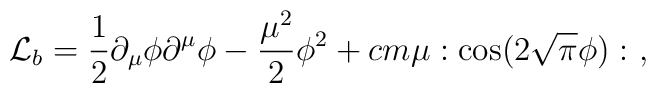
{\cal L}_b={1\over2}\partial_{\mu}\phi\partial^{\mu}\phi-{\mu^2\over2}\phi^2+cm\mu: \cos(2\sqrt{\pi}\phi):\ ,